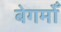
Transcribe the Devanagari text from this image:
बेगमोँ